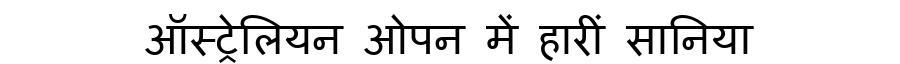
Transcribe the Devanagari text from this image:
ऑस्ट्रेलियन ओपन में हारीं सानिया